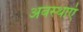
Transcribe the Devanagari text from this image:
अवस्‍थाएं